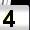
Digit: 4